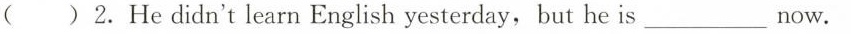
( ) 2.He didn't learn English yesterday, but he is ___ now.